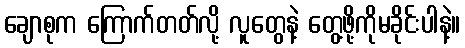
ချောစုက ကြောက်တတ်လို့ လူတွေနဲ့ တွေ့ဖို့ကိုမခိုင်းပါနဲ့။